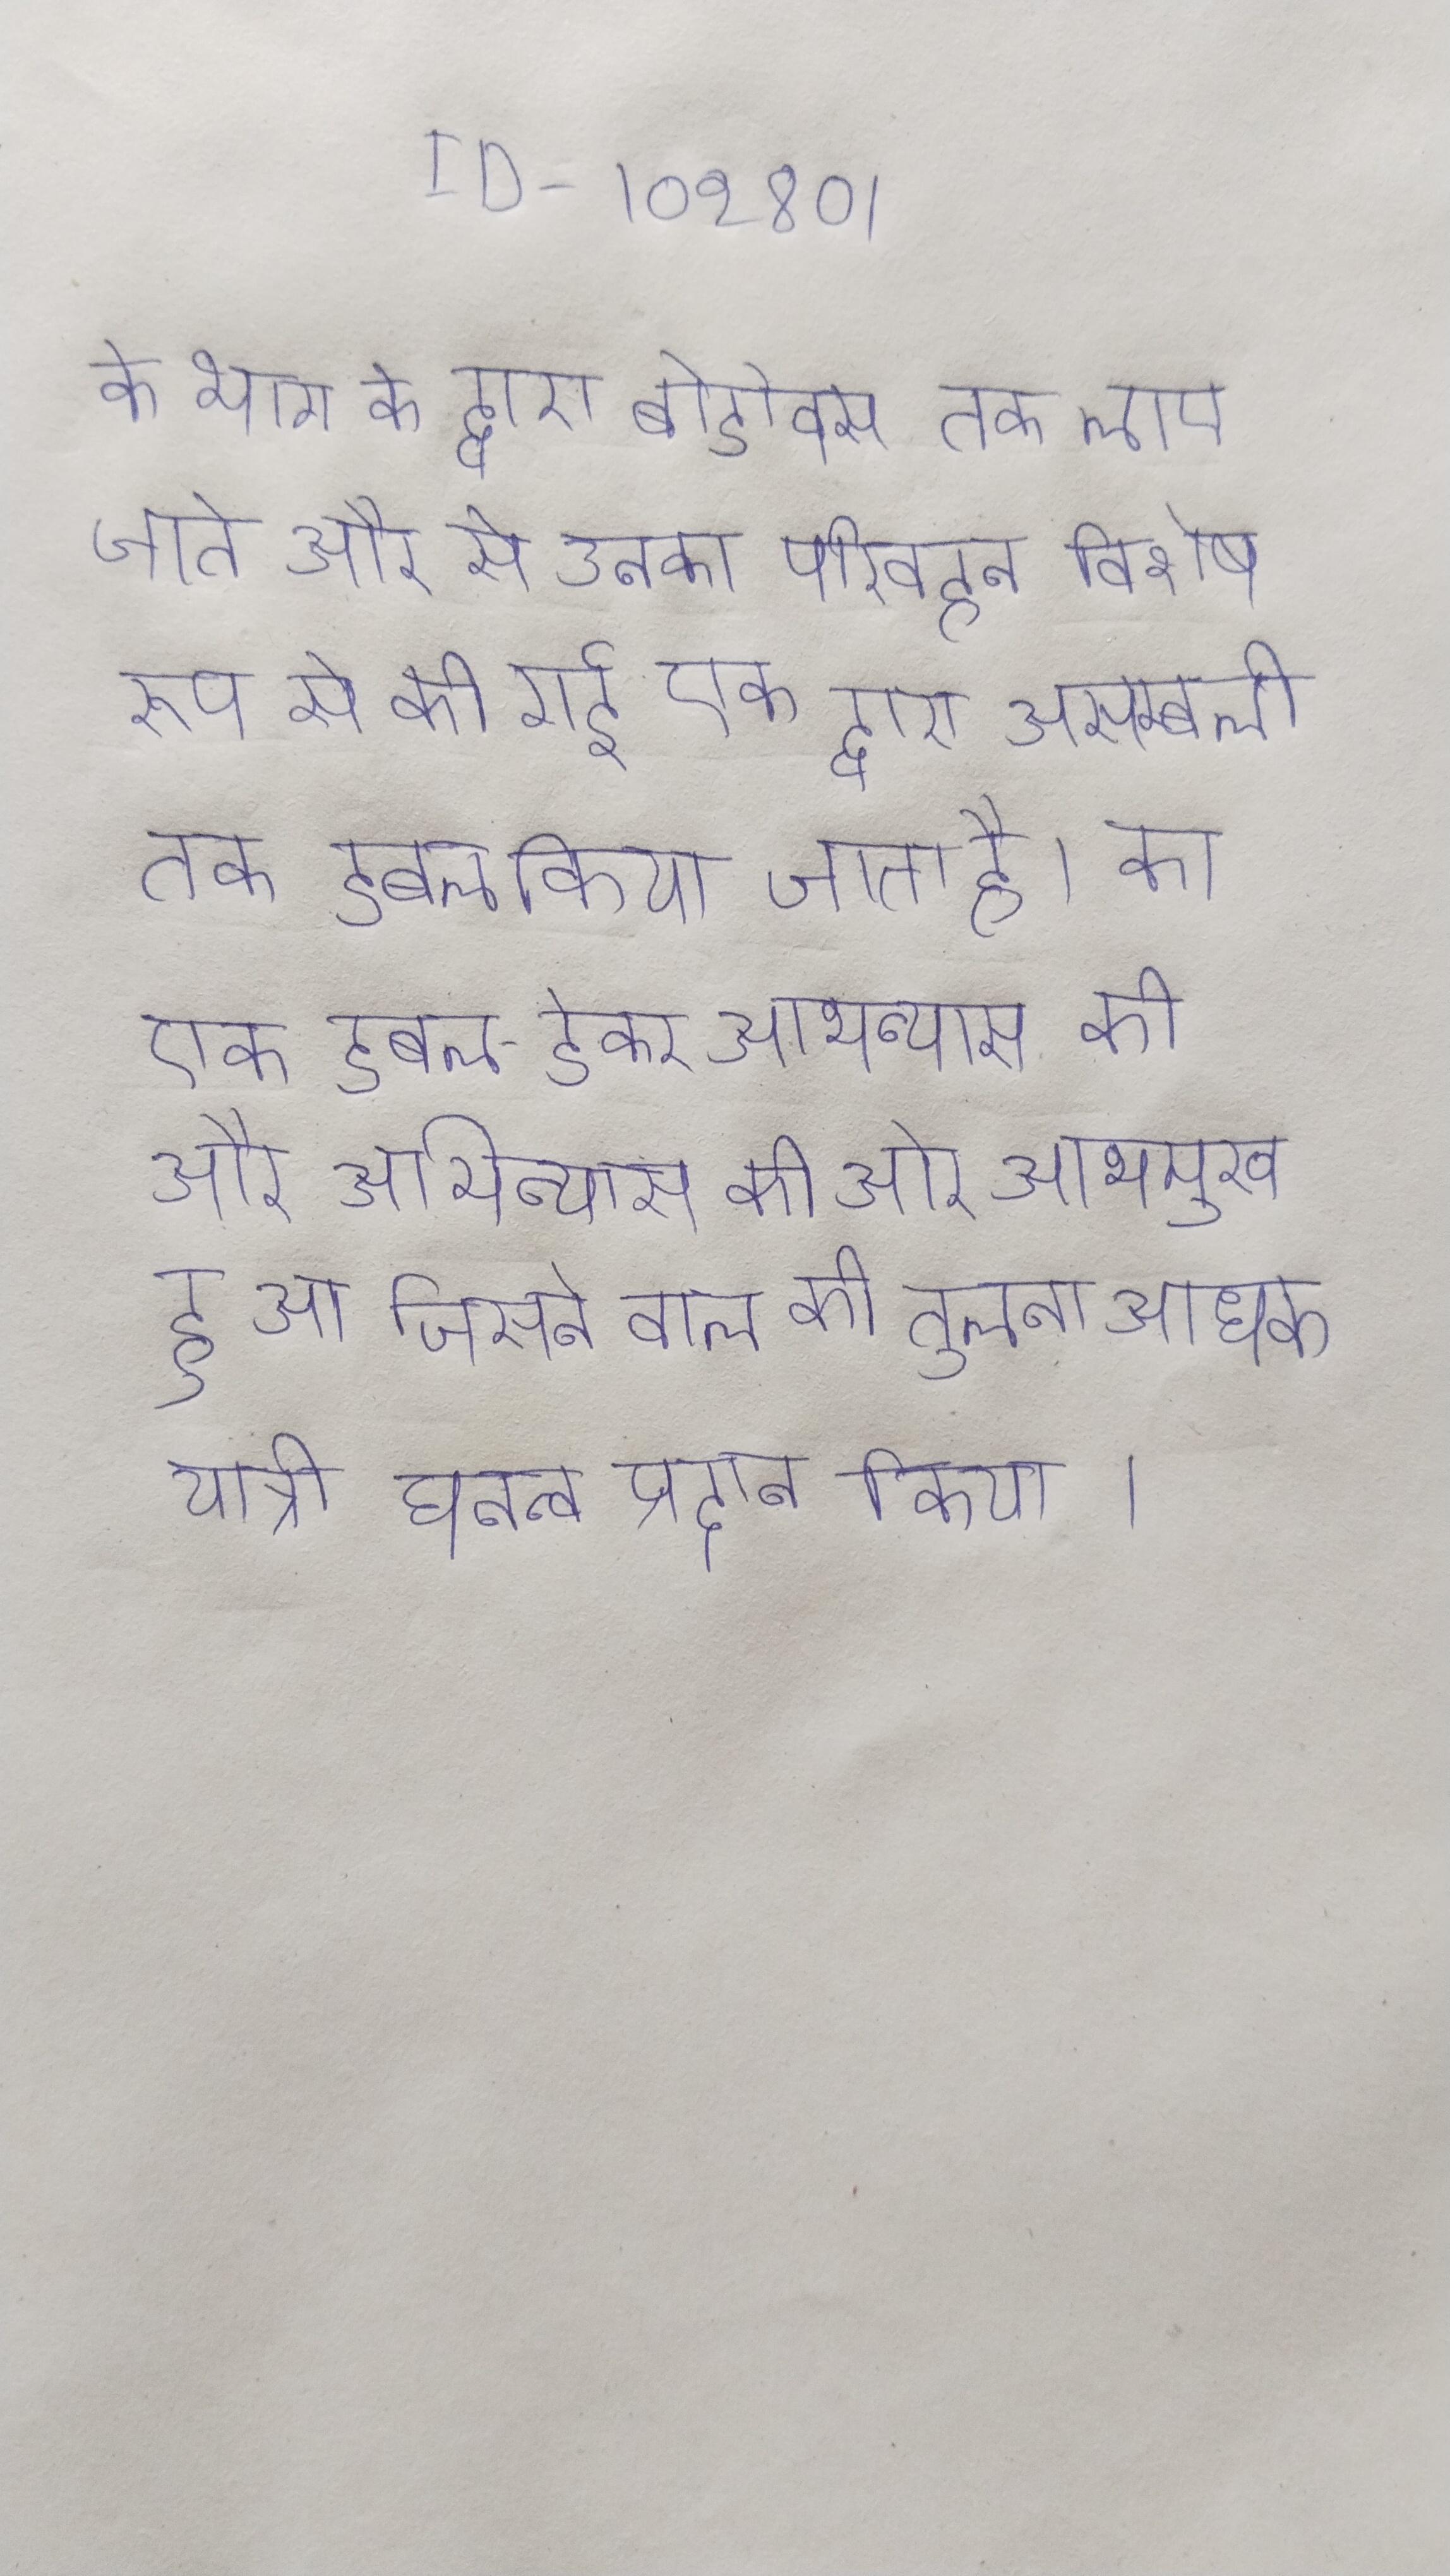
के भाग के द्वारा बोर्डोक्स तक लाए जाते और से उनका परिवहन विशेष रूप से की गई एक द्वारा असेम्बली तक किया जाता है । का एक डबल-डेकर अभिन्यास की ओर अभिमुख हुआ जिसने वाले की तुलना अधिक यात्री घनत्व प्रदान किया ।